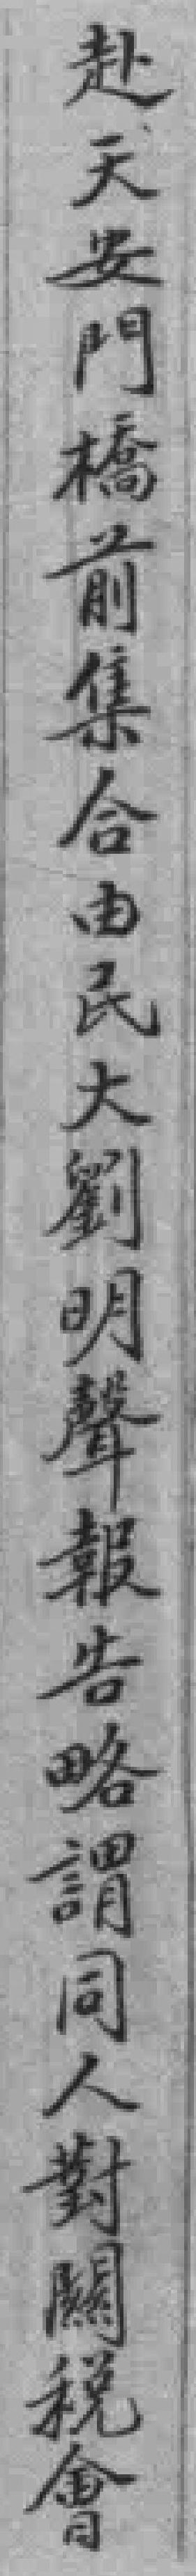
赴天安門橋前集合由民大劉明聲報告略謂同人對闗稅會